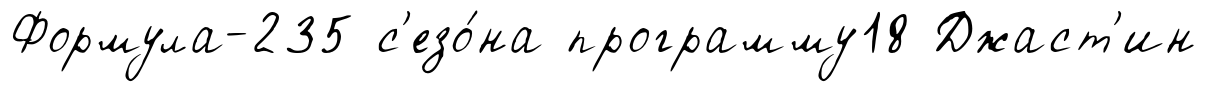
Формула-235 с'езо́на программу18 Джаст'ин